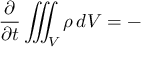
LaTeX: { \frac { \partial } { \partial t } } \iiint _ { V } \rho \, d V = - \, { }